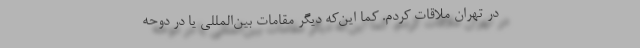
در تهران ملاقات کردم. کما این‌که دیگر مقامات بین‌المللی یا در دوحه